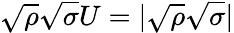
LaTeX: {\sqrt{\rho}}{\sqrt{\sigma}}U=|{\sqrt{\rho}}{\sqrt{\sigma}}|